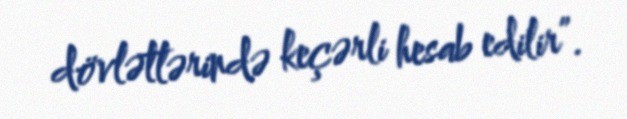
dövlətlərində keçərli hesab edilir”.